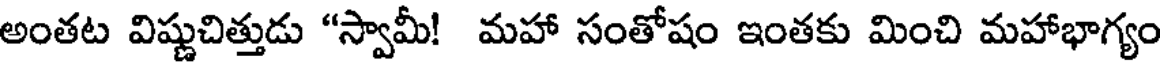
అంతట విష్ణుచిత్తుడు "స్వామీ! మహా సంతోషం ఇంతకు మించి మహాభాగ్యం